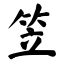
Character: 笠